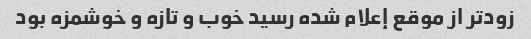
زودتر از موقع إعلام شده رسید خوب و تازه و خوشمزه بود